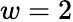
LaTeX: w=2